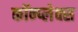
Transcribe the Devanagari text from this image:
कॉन्प्लेक्स